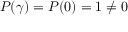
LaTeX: P ( \gamma ) = P ( 0 ) = 1 \neq 0